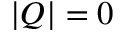
| Q | = 0